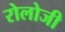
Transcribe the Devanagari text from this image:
रोलोजी